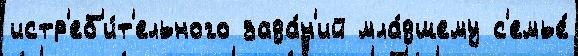
истр'еб'и́т'ельного зада́н'ий мла́дшему с'емье́